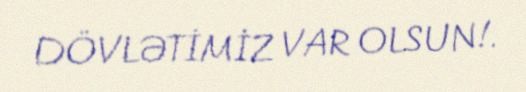
DÖVLƏTİMİZ VAR OLSUN!.